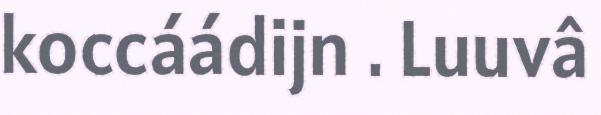
koccáádijn . Luuvâ